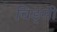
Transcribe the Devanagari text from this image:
चिड्सी